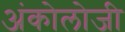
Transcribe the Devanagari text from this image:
अंकोलोजी